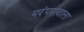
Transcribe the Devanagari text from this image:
परंपरावाला